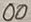
Text: 00